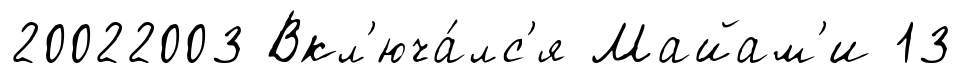
20022003 Вкл'юча́лс'я Майам'и 13